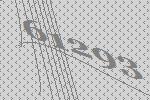
61293